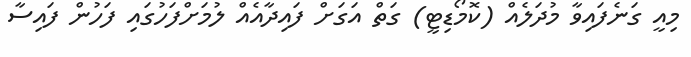
މިއީ ގަނެފައިވާ މުދަލެއް (ކޮމޯޑިޓީ) ގަތް އަގަށް ފައިދާއެއް ލުމަށްފަހުގައި ފަހުން ފައިސާ